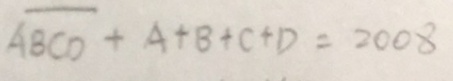
A B C D + A + B + C + D = 2 0 0 8